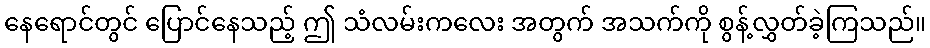
နေရောင်တွင် ပြောင်နေသည့် ဤ သံလမ်းကလေး အတွက် အသက်ကို စွန့်လွှတ်ခဲ့ကြသည်။